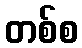
တစ်စ